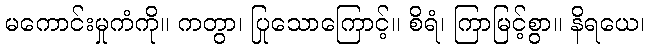
မကောင်းမှုကံကို။ ကတွာ၊ ပြုသောကြောင့်။ စိရံ၊ ကြာမြင့်စွာ။ နိရယေ၊